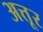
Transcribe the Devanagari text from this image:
अत्तूर